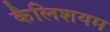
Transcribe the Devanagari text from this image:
कैलिशयम